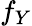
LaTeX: f_{Y}